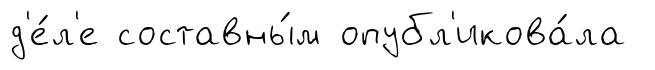
д'е́л'е составны́м опубл'икова́ла